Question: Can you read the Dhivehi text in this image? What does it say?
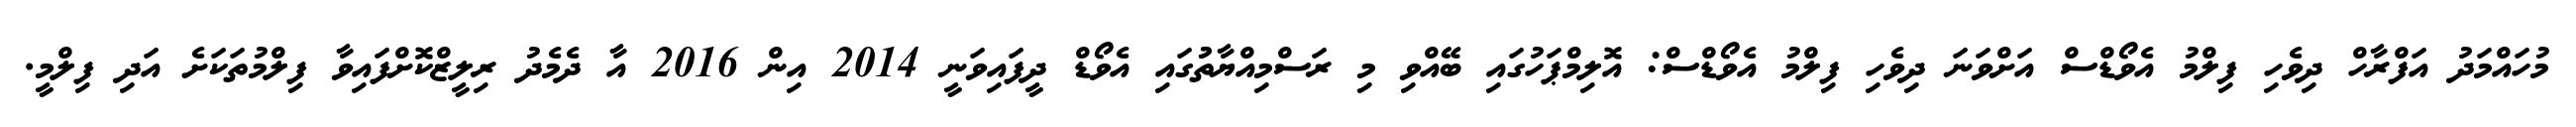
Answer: މުހައްމަދު އަފްރާހް ދިވެހި ފިލްމު އެވޯޑްސް އަށްވަނަ ދިވެހި ފިލްމު އެވޯޑްސް: އޮލިމްޕަހުގައި ބޭއްވި މި ރަސްމިއްޔާތުުގައި އެވޯޑް ދީފައިވަނީ 2014 އިން 2016 އާ ދެމެދު ރިލީޒްކޮށްފައިވާ ފިލްމުތަކަށެ އަދި ފިލްމީ.